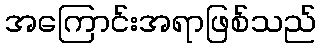
အကြောင်းအရာဖြစ်သည်